system: You are a helpful assistant.
user:
Analyze the provided spectrum to determine if it is a **White Dwarf (WD)**.

A White Dwarf spectrum is defined by its **extreme purity** (due to gravitational settling) and/or **extreme pressure broadening** (due to high surface gravity). You must check for one of the following mutually exclusive signatures:

- **Key Visual Indicators (Check for ONE of these types):**

    - **1. DA-Type Signature (Most Common):**
        - **(Primary Feature):** Extreme pressure broadening (Stark broadening) of the **Hydrogen (H) Balmer lines**.
        - **(Key Lines):** $H\beta$ (approx. $4861$ Å) and $H\gamma$ (approx. $4340$ Å). $H\alpha$ (approx. $6563$ Å) will also be present if the wavelength range covers it.
        - **(Line Profile):** This is the **defining feature**. The lines are **NOT** sharp. They appear as massive, **extremely broad and deep "troughs" or "dips"** in the spectrum, often hundreds of Ångströms wide. The continuum will appear to "scoop" down at these wavelengths.
        - **(Distinction):** Normal A-type or B-type stars have *narrow* and *sharp* Hydrogen lines. A DA White Dwarf's lines are unmistakably "smeared" or "blurry" from pressure.

    - **2. DB-Type Signature:**
        - **(Primary Feature):** Broad absorption lines from **Neutral Helium (He I)**. The spectrum must lack any visible Hydrogen lines.
        - **(Key Lines):** Look for broad absorption near $4471$ Å, $4921$ Å, and $5876$ Å.
        - **(Line Profile):** These lines are also significantly pressure-broadened, appearing much wider than they would in a normal B-type main-sequence star.

    - **3. DC-Type Signature:**
        - **(Primary Feature):** A **featureless continuous spectrum**.
        - **(Line Profile):** The spectrum is a smooth curve with **no significant absorption or emission lines**.
        - **(Key Confirmation):** The continuum is almost always **blue or white**, indicating a hot object. This signature implies the atmosphere is so pure (or so cool) that no spectral lines are visible in the optical range. Its WD identity is confirmed by its extremely low intrinsic brightness (high absolute magnitude).

    - **4. DZ-Type Signature (Metal-Polluted):**
        - **(Primary Feature):** **Isolated, narrow metal absorption lines** on an otherwise featureless (DC-like) continuum.
        - **(Key Lines):** The **Calcium (Ca II) H & K doublet** (approx. **$3934$ Å** and **$3968$ Å**) is the most common and defining feature.
        - **(Line Profile):** These lines are "out of place." They are *not* part of a "forest" of thousands of lines. This signature is evidence of recent *accretion* (pollution) from rocky debris.
        - **(Distinction):** Normal G/K/M stars have a *dense forest* of thousands of metal lines. A DZ has a *clean* continuum with *only a few* strong metal lines.

    - **5. DQ-Type Signature (Carbon-Polluted):**
        - **(Primary Feature):** Absorption bands from **Carbon (C₂ "Swan Bands" or atomic C I)**.
        - **(Key Lines - C₂):** Look for bandheads with a "saw-tooth" shape near $5635$ Å, **$5165$ Å** (strongest), and $4737$ Å.
        - **(Key Confirmation):** The underlying **continuum must be blue or white** (hot).
        - **(Distinction):** This is the critical difference from a **Carbon Star**, which has the *exact same* C₂ bands but on an extremely **red, cool** continuum.

- **(Overall Spectrum):**
    - The continuum (overall shape) is typically **blue-sloping** (brighter in the blue than the red), as most white dwarfs are very hot.
    - The spectrum will look "pure" or "simple," dominated by only *one* of the five signatures listed above.

Think first, call **spectral_visualization_tool** if needed to examine features in detail, then provide your final answer. Your response must adhere to the following strict rules:
1.  **Overall Structure:** Your response must follow the format `<think>...</think> <tool_call>...</tool_call> (if a tool is used) <answer>...</answer>`.
2.  **Tool Usage Constraint:** You may only make **one** tool call per turn.
3.  **Final Answer Format:** In the `<answer>` tag, your conclusion must be inside a `\boxed{}` command (e.g., `\boxed{YES}` or `\boxed{NO}`), followed by your justification.

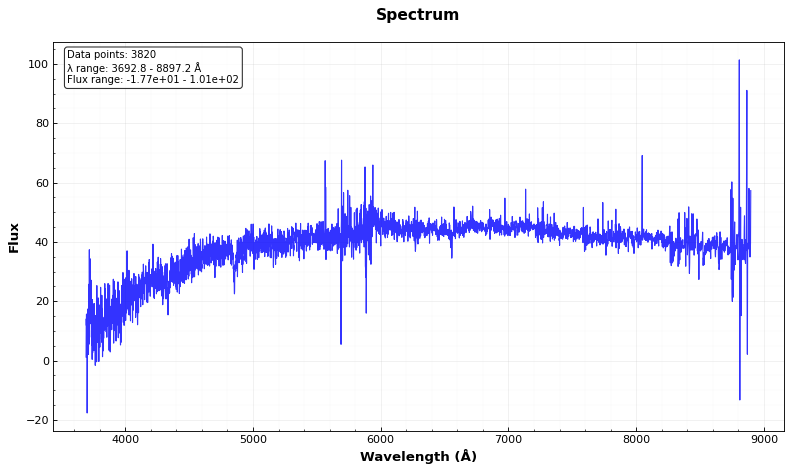
Answer: YES